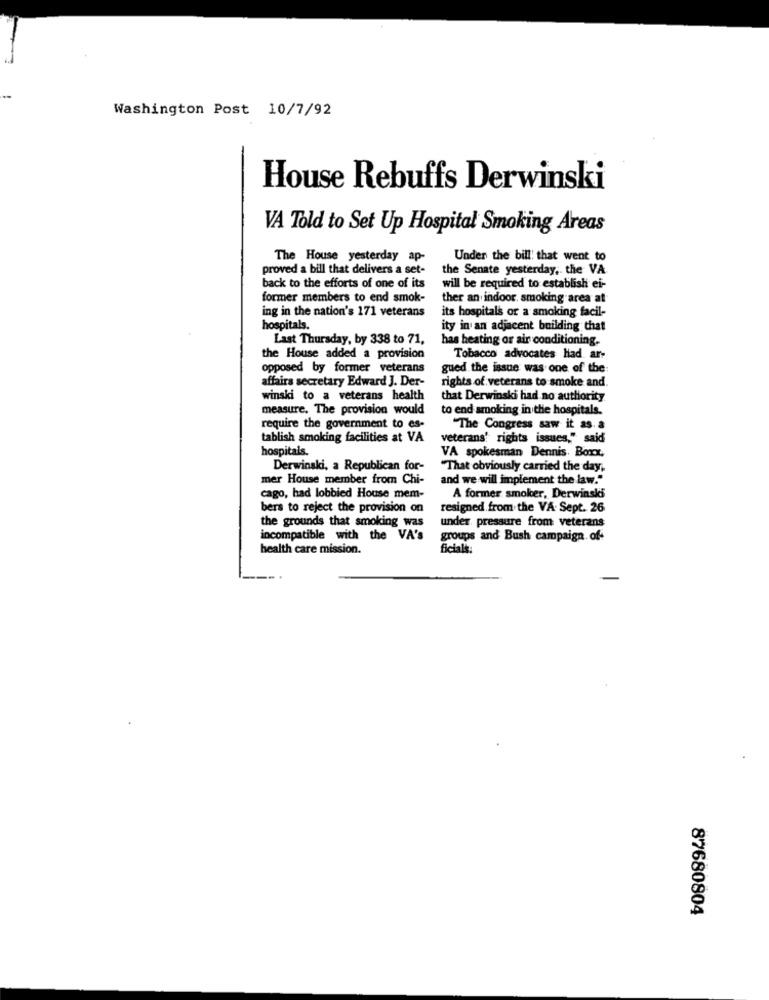
Washington Post 10/7/92
House Rebuffs Derwinski
VA Told to Set Up Hospital Smoking Areas
The House yesterday ap-
Under the bill that went to
proved a bill that delivers a set-
the Senate yesterday, the VA
back to the efforts of one of its
will be required to establish ei-
former members to end smok-
ther an indoor, smoking area at
ing in the nation's 171 veterans
its hospitals or a smoking facil-
hospitals.
ity in an adjacent building that
Last Thursday, by 338 to 71,
has heating or air conditioning.
the House added a provision
Tobacco advocates Had ar-
opposed by former veterans
gued the issue was one of the
affairs secretary Edward J. Der-
rights of veterans to smoke and.
winski to a veterans health
that Derwinski had no authority
measure. The provision would
to end smoking in the hospitals.
require the government to es-
"The Congress saw it as.a
tablish smoking facilities at VA
veterans' rights issues," said
hospitals.
VA spokesman Dennis. Boxx.
Derwinski, a Republican for-
"That obviously carried the day,
mer House member from Chi-
and we will implement the law."
cago, had lobbied House mem-
A former smoker, Derwinski
bers to reject the provision on
resigned from the VA. Sept. 26
the grounds that smoking was
under pressure from veterans
incompatible with the VA's
groups and Bush campaign. of-
health care mission.
Ficial's :
87680804